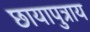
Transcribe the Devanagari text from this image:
छायापुत्राय